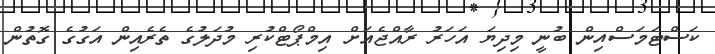
ކަސްޓަމަސްއިން ބުނީ މިދިޔަ އަހަރު ރާއްޖެއަށް އިމްޕޯޓްކުރި މުދަލުގެ ތެރެއިން އަގުގެ ގޮތުން